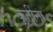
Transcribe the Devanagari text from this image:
कृतींना